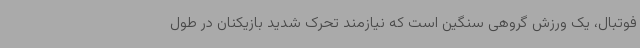
فوتبال، یک ورزش گروهی سنگین است که نیازمند تحرک شدید بازیکنان در طول